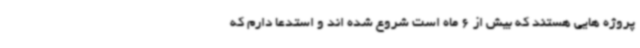
پروژه هایی هستند که بیش از 6 ماه است شروع شده اند و استدعا دارم که